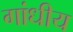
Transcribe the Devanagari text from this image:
गांधीय